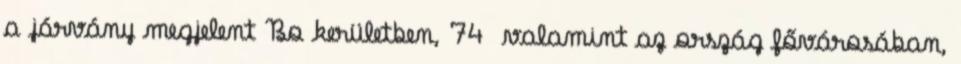
a járvány megjelent Bo kerületben, 74 valamint az ország fővárosában,